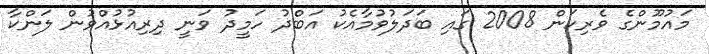
މައުމޫންގެ ވެރިކަން 2008 ގައި ބަދަލުވުމާއެކު އަބްދު ހަމީދު ވަނީ ދިރިއުޅުއްވުން ލަންކާ